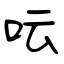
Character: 呍